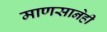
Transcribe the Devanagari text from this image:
माणसानेही